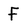
Character: F